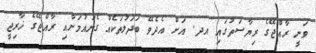
ވަނީ ރާއްޖޭގެ ރިޔާސަތުގައި އދ. އަށް އެދެވޭ ބަދަލުތަކެއް ގެނައުމަށާއި ރާއްޖޭގެ ޚާރިޖީ